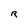
Character: R